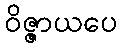
ဝိဇ္ဇာယပေ